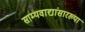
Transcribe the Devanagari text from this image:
साम्यवाद्यांसारख्पा